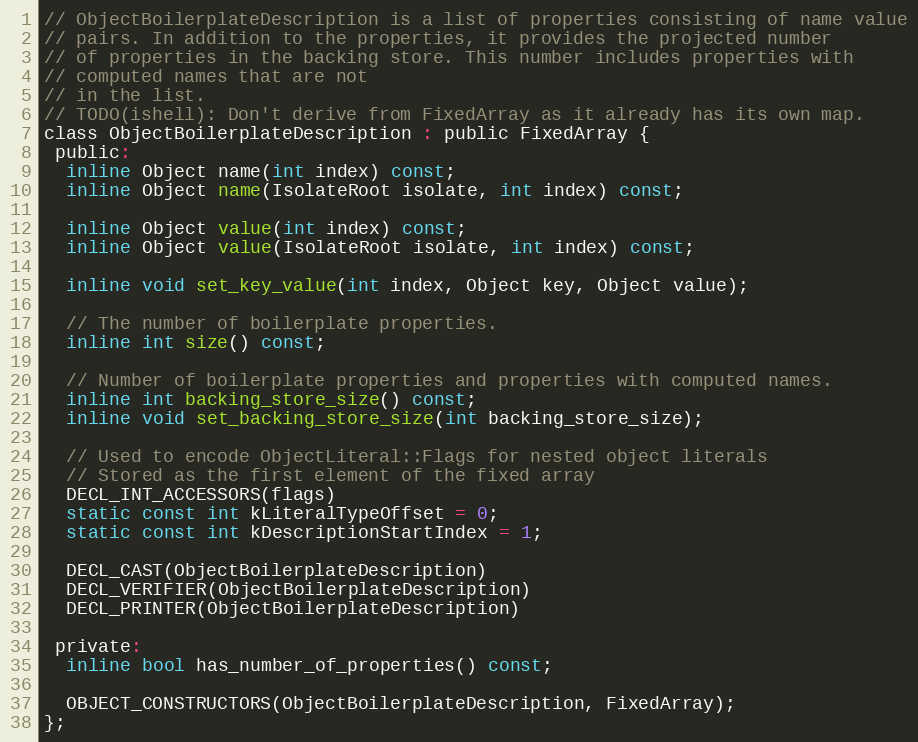
Language: C
// ObjectBoilerplateDescription is a list of properties consisting of name value
// pairs. In addition to the properties, it provides the projected number
// of properties in the backing store. This number includes properties with
// computed names that are not
// in the list.
// TODO(ishell): Don't derive from FixedArray as it already has its own map.
class ObjectBoilerplateDescription : public FixedArray {
 public:
  inline Object name(int index) const;
  inline Object name(IsolateRoot isolate, int index) const;

  inline Object value(int index) const;
  inline Object value(IsolateRoot isolate, int index) const;

  inline void set_key_value(int index, Object key, Object value);

  // The number of boilerplate properties.
  inline int size() const;

  // Number of boilerplate properties and properties with computed names.
  inline int backing_store_size() const;
  inline void set_backing_store_size(int backing_store_size);

  // Used to encode ObjectLiteral::Flags for nested object literals
  // Stored as the first element of the fixed array
  DECL_INT_ACCESSORS(flags)
  static const int kLiteralTypeOffset = 0;
  static const int kDescriptionStartIndex = 1;

  DECL_CAST(ObjectBoilerplateDescription)
  DECL_VERIFIER(ObjectBoilerplateDescription)
  DECL_PRINTER(ObjectBoilerplateDescription)

 private:
  inline bool has_number_of_properties() const;

  OBJECT_CONSTRUCTORS(ObjectBoilerplateDescription, FixedArray);
};